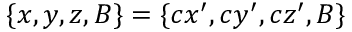
\{ x , y , z , B \} = \{ c x ^ { \prime } , c y ^ { \prime } , c z ^ { \prime } , B \}